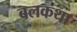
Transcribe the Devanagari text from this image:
बलकथा